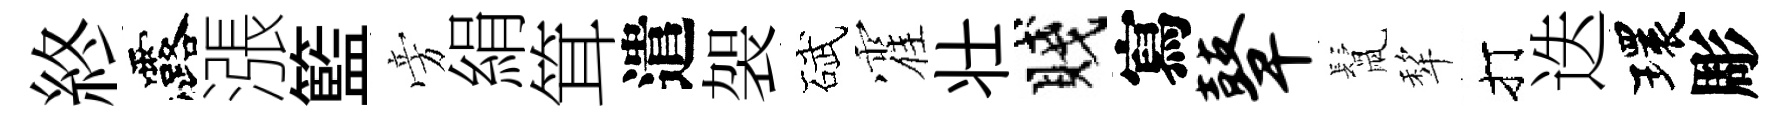
終露漲籃旁絹䇯遣袈碔霍壮賤寫鼙鬛犂打迭環彫